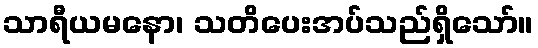
သာရီယမနော၊ သတိပေးအပ်သည်ရှိသော်။